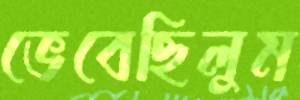
ভেবেছিলুম